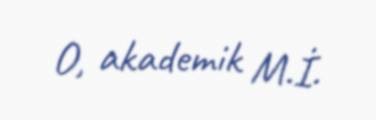
O, akademik M.İ.